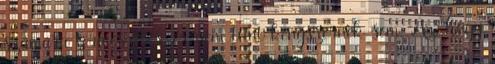
számára természetes, és nem tűnt kényszernek sem. Az, hogy